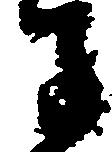
子